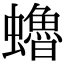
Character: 𧔎